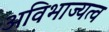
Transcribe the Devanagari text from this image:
अविभाज्यत्व